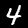
Label: 4